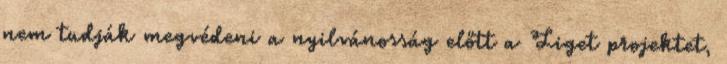
nem tudják megvédeni a nyilvánosság előtt a Liget projektet,